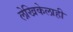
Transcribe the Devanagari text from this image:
लेखिकेलाही